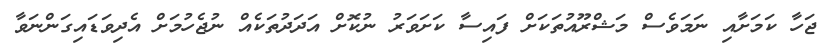
ޖަހާ ކަމަށާއި ނަމަވެސް މަޝްރޫއުތަކަށް ފައިސާ ކަށަވަރު ނުކޮށް އަދަދުތަކެއް ނުޖެހުމަށް އެދިވަޑައިގަންނަވާ